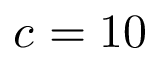
c = 1 0